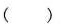
( )